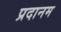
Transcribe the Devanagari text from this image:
प्रदानम